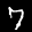
Digit: 7